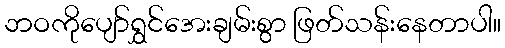
ဘဝကိုပျော်ရွှင်အေးချမ်းစွာ ဖြတ်သန်းနေတာပါ။